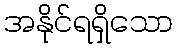
အနိုင်ရရှိသော